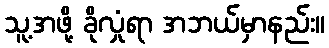
သူ့အဖို့ ခိုလှုံရာ အဘယ်မှာနည်း။